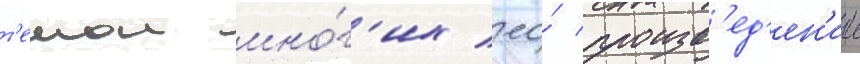
т'емои мно́г'их ео́ произв'ед'ен'ии